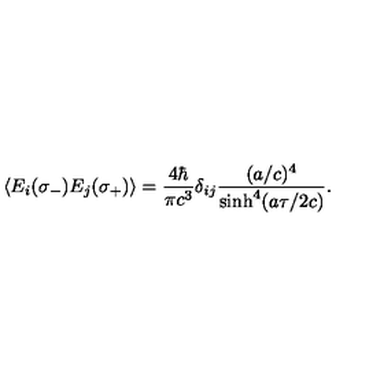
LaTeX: \langle E _ { i } ( \sigma _ { - } ) E _ { j } ( \sigma _ { + } ) \rangle = { \frac { 4 \hbar } { \pi c ^ { 3 } } } \delta _ { i j } { \frac { ( a / c ) ^ { 4 } } { \sinh ^ { 4 } ( a \tau / 2 c ) } } . \hfill \qquad \qquad